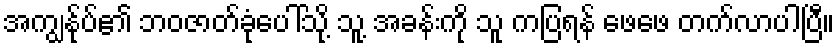
အကျွန်ုပ်၏ ဘဝဇာတ်ခုံပေါ်သို့ သူ့ အခန်းကို သူ ကပြရန် ဖေဖေ တက်လာပါပြီ။